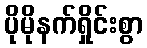
ပိုမိုနက်ရှိုင်းစွာ